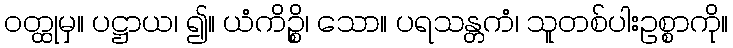
ဝတ္ထုမှ။ ပဋ္ဌာယ၊ ၍။ ယံကိဉ္စိ၊ သော။ ပရသန္တကံ၊ သူတစ်ပါးဥစ္စာကို။